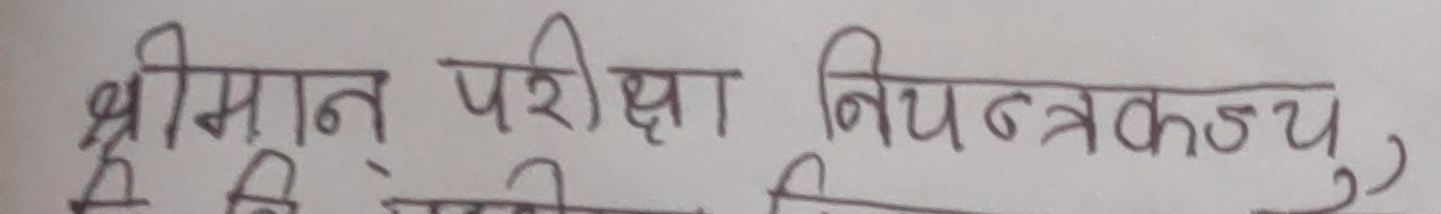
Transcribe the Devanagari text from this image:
श्रीमान परीक्षा नियन्त्रकज्यू,